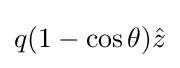
q(1-\cos \theta ){\hat {z}}